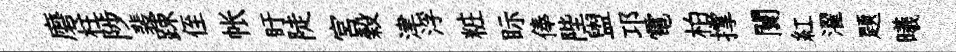
磨柱陟裴踈侄帐盱陡宫榖津浮粧眎俸陛盥邛電柏撑闤紅濯題曦